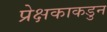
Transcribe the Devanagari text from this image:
प्रेक्षकाकडुन